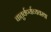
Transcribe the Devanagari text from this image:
चातुर्वर्ण्यव्यवस्था